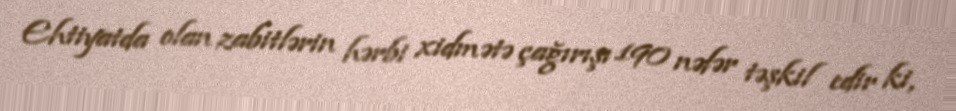
Ehtiyatda olan zabitlərin hərbi xidmətə çağırışı 190 nəfər təşkil edir ki,